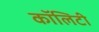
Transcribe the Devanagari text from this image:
कॉलिटी